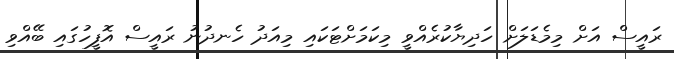
ރައީސް އަށް މިމެޑަލަށް ހަދިޔާކުރެއްވީ މިކަމަށްޓަކައި މިއަދު ހެނދުނު ރައީސް އޮފީހުގައި ބޭއްވި